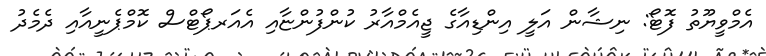
އެމްވީޔޫތު ފޮޓޯ: ނިޝާން އަލީ އިންޑިއާގެ ޖީއެމްއާރު ކުންފުންޏާއި އެއަރޕޯޓްސް ކޮމްޕެނީއާއި ދެމެދު